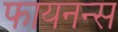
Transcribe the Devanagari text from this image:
फायनन्स